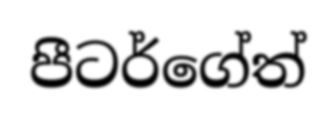
පීටර්ගේත්